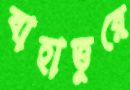
বাহাত্তুরে